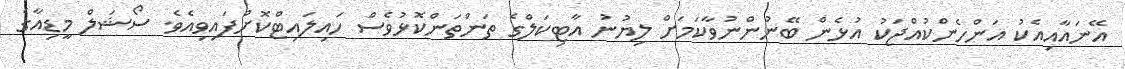
އޭނައާއިއެކު އަންހެންކުއްޖަކު އުޅެން ބޭނުންނުވާކަމަށް ލިޔުނު އާޓިކަލްގެ ތަންތަންކޮޅުވެސް ހައިލައިޓްކޮށްފައިވިއެވެ. ސޯޝަލް މީޑިއާގެ